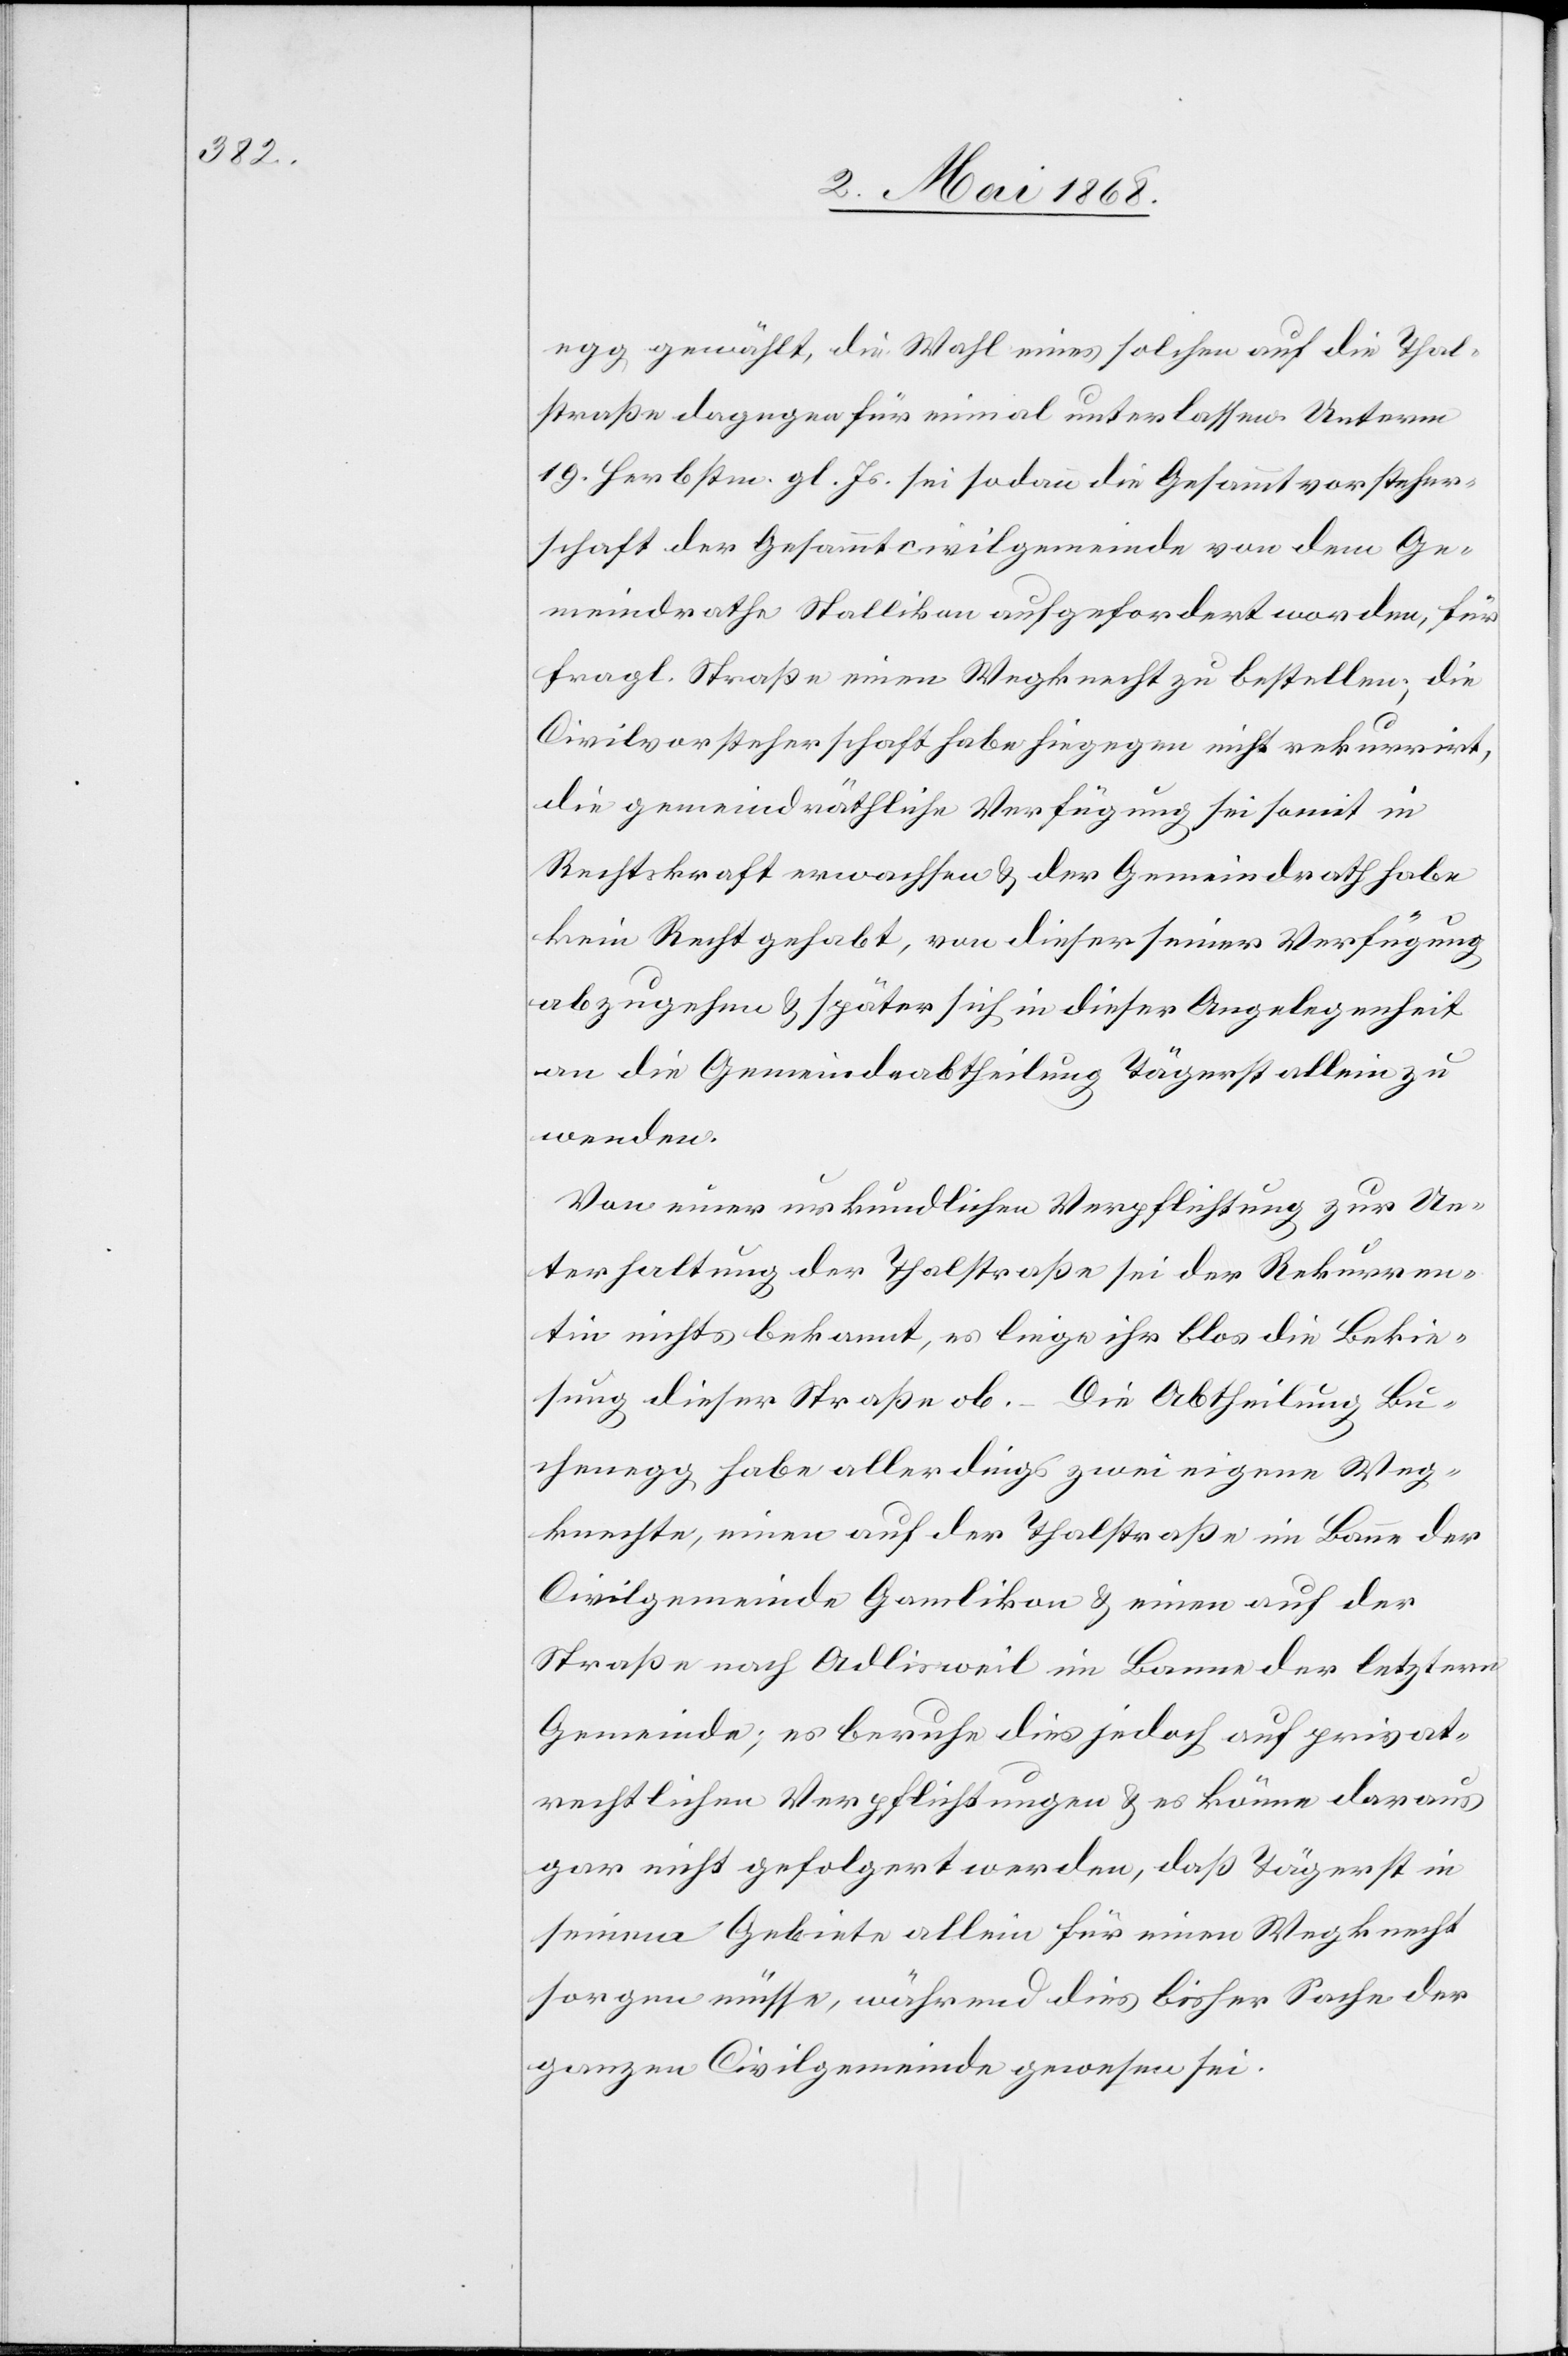
egg gewählt, die Wahl eines solchen auf die Thal¬
straße dagegen für einmal unterlassen. Unterm
19. Herbstm. gl. Js. sei sodann die Gesammtvorsteher¬
schaft der Gesammtcivilgemeinde von dem Ge¬
meindrathe Stallikon aufgefordert worden, für
fragl. Straße einen Wegknecht zu bestellen; die
Civilvorsteherschaft habe hiegegen nicht rekurrirt,
die gemeindräthliche Verfügung sei somit in
Rechtskraft erwachsen & der Gemeindrath habe
kein Recht gehabt, von dieser seiner Verfügung
abzugehen & später sich in dieser Angelegenheit
an die Gemeindeabtheilung Tägerst allein zu
wenden.
Von einer urkundlichen Verpflichtung zur Un¬
terhaltung der Thalstraße sei der Rekurren¬
tin nichts bekannt, es liege ihr blos die Bekie¬
sung dieser Straße ob. – Die Abtheilung Bu¬
chenegg habe allerdings zwei eigene Weg¬
knechte, einen auf der Thalstraße im Banne der
Civilgemeinde Gamlikon & einen auf der
Straße nach Adlisweil im Banne der letztern
Gemeinde; es beruhe dies jedoch auf privat¬
rechtlichen Verpflichtungen & es könne daraus
gar nicht gefolgert werden, daß Tägerst in
seinem Gebiete allein für einen Wegknecht
sorgen müsse, während dies bisher Sache der
ganzen Civilgemeinde gewesen sei.